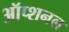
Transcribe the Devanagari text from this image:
ऑप्शनल